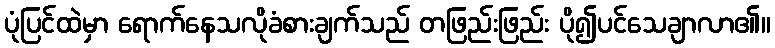
ပုံပြင်ထဲမှာ ရောက်နေသလိုခံစားချက်သည် တဖြည်းဖြည်း ပို၍ပင်သေချာလာ၏။